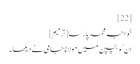
[22]
خواجہ محمد پارسا[ترمیم]
اِن کو بچپن میں مولانا جامی نے دیکھا۔